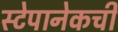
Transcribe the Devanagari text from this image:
स्टेपानेकची